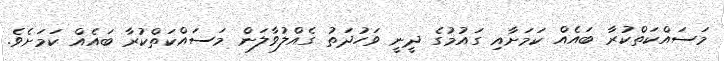
މަސައްކަތްކުރާ ބައެއް ކަމަށާއި ގައުމުގެ ދީނީ ވަހުދަތު ގެއްލުވާލަން މަސައްކަތްކުރާ ބައެއް ކަމަށެވެ.